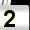
Digit: 2